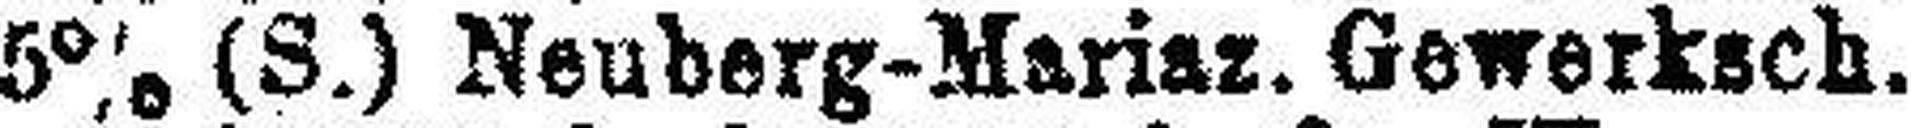
5% (S.) Neuberg-Mariaz. Gewerksch.